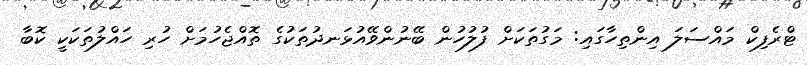
ޓްރެފިކް މައްސަލަ އިންތިހާގައި: މަގުތަކަށް ފުލުހުން ބޭނުންވޭއުޅަނދުތަކުގެ ތޮއްޖެހުމަށް ހުރި ހައްލުތަކަކީ ކޮބާ